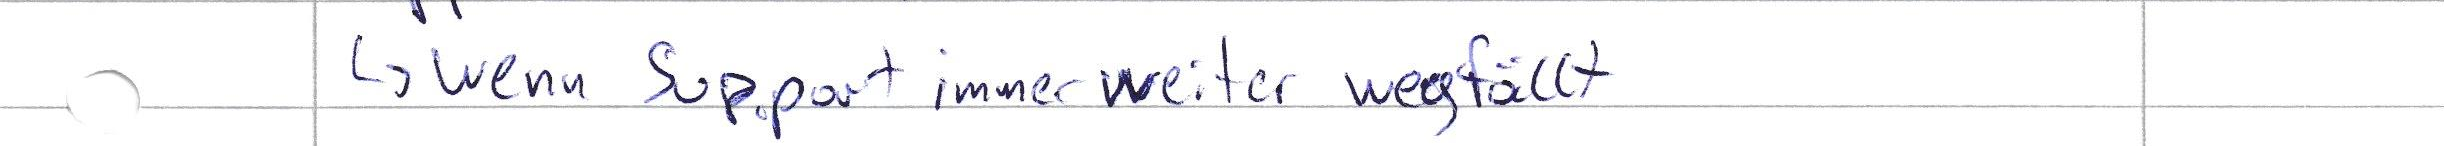
-> wenn Support immer weiter wegfällt